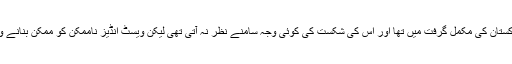
مقابلہ اب پاکستان کی مکمل گرفت میں تھا اور اس کی شکست کی کوئی وجہ سامنے نظر نہ آتی تھی لیکن ویسٹ انڈیز ناممکن کو ممکن بنانے والی ٹیم تھی۔